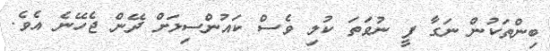
ބިންތަކުން ނަގާ ފީ ނުވަތަ ކުލި ވެސް ކައުންސިލަށް ދޭން ޖެހޭނެ އެވެ.